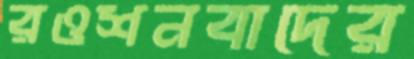
রওশনবাদের